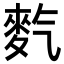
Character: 𪌇